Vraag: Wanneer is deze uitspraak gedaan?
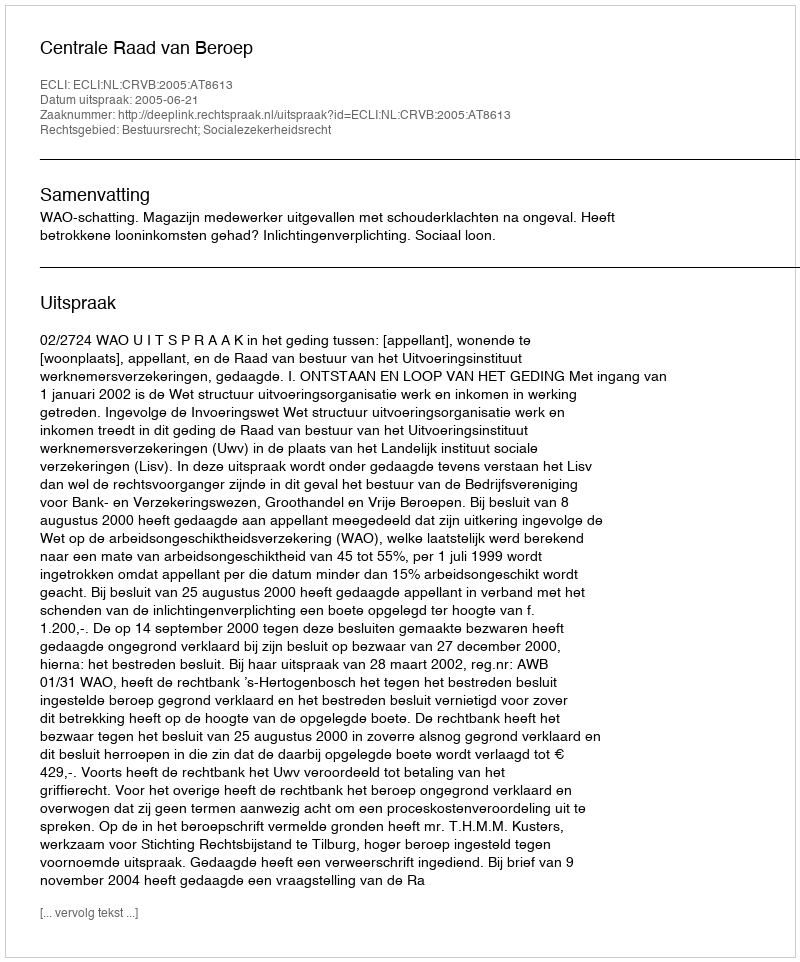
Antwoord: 2005-06-21